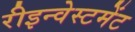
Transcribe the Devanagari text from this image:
रीइन्वेस्टमेंट